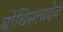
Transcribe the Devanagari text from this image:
बोधिसत्त्वदेव